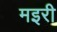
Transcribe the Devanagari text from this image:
मइरी